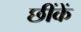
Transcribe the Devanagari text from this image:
छींकें